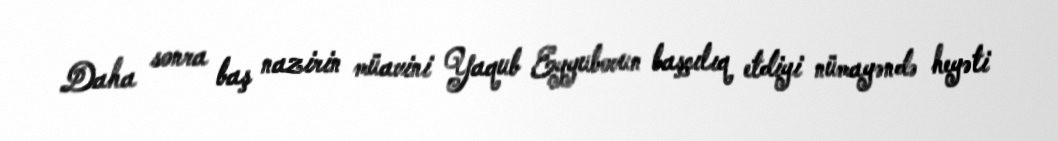
Daha sonra baş nazirin müavini Yaqub Eyyubovun başçılıq etdiyi nümayəndə heyəti